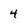
Character: 4